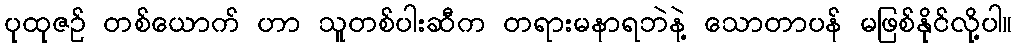
ပုထုဇဉ် တစ်ယောက် ဟာ သူတစ်ပါးဆီက တရားမနာရဘဲနဲ့ သောတာပန် မဖြစ်နိုင်လို့ပါ။